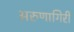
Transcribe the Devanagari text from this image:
अरुणागिरी